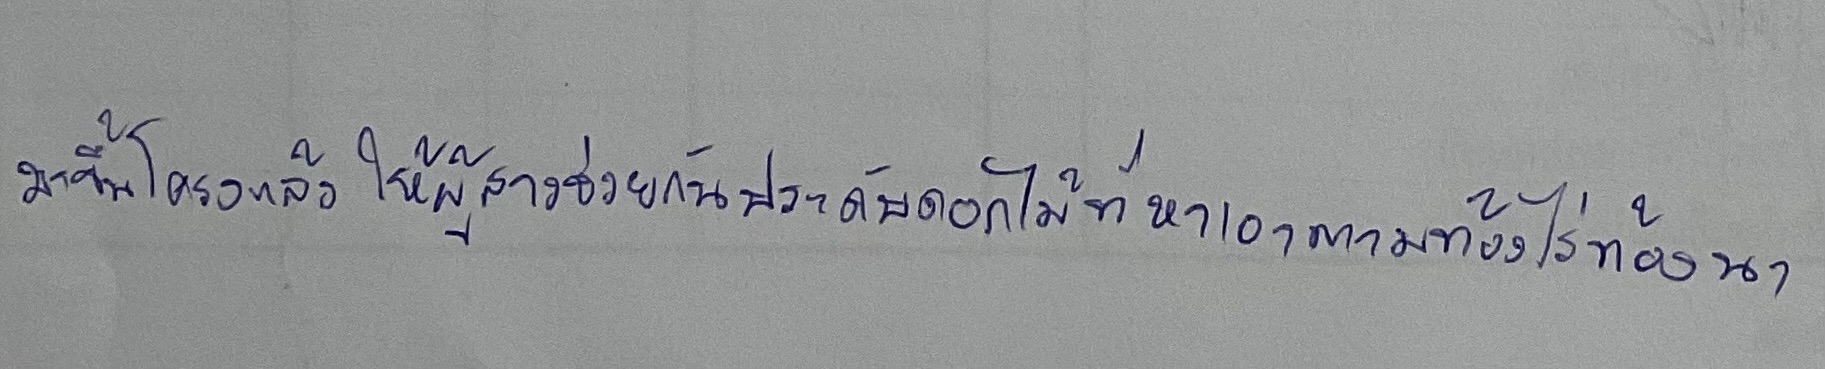
มาขึ้นโครงแล้วให้ผู้สาวช่วยกันประดับดอกไม้ที่หาเอาตามท้องไร่ท้องนา